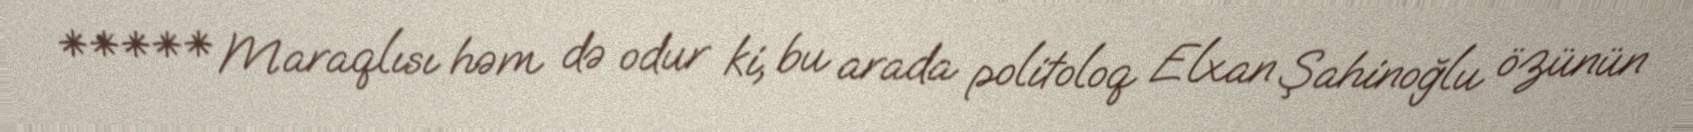
***** Maraqlısı həm də odur ki, bu arada politoloq Elxan Şahinoğlu özünün